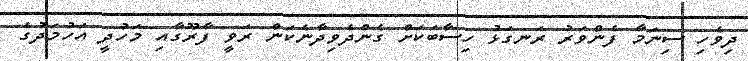
ދިވެހި ސިނަމާ ފެންވަރު ރަނގަޅު ހިސާބަކަށް ގެންދެވިދާނެކަން ރަވީ ފާރޫގާއި މަހުދީ އަހުމަދުގެ